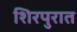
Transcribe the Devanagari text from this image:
शिरपुरात